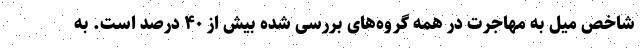
شاخص میل به مهاجرت در همه گروه‌های بررسی شده بیش از ۴۰ درصد است. به